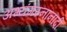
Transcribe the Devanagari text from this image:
अभ्यंगस्नानादी